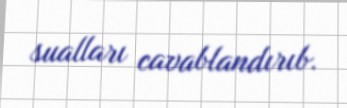
sualları cavablandırıb.